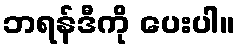
ဘရန်ဒီကို ပေးပါ။